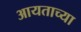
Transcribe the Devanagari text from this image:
आयताच्या